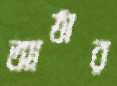
আঠার